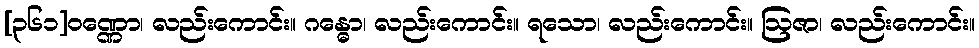
[၃၆၁]ဝဏ္ဏော၊ လည်းကောင်း။ ဂန္ဓော၊ လည်းကောင်း။ ရသော၊ လည်းကောင်း။ ဩဇာ၊ လည်းကောင်း။